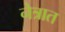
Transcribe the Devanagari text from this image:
नेत्रात